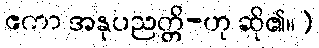
ဧကာ အနုပညတ္တိ-ဟု ဆို၏။)